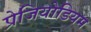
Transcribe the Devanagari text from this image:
प्रेजियोडियम